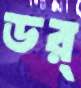
ডর্